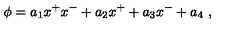
\phi = a _ { 1 } x ^ { + } x ^ { - } + a _ { 2 } x ^ { + } + a _ { 3 } x ^ { - } + a _ { 4 } \ ,